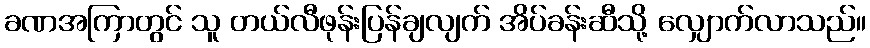
ခဏအကြာတွင် သူ တယ်လီဖုန်းပြန်ချလျက် အိပ်ခန်းဆီသို့ လျှောက်လာသည်။